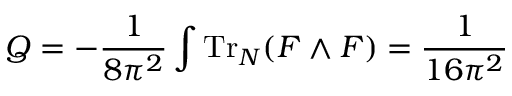
Q = - \frac { 1 } { 8 \pi ^ { 2 } } \int \mathrm { T r } _ { N } ( F \wedge F ) = \frac { 1 } { 1 6 \pi ^ { 2 } }